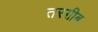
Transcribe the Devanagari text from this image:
तरग़ीब